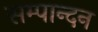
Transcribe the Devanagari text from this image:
सम्पान्दन